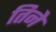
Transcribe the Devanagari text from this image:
तिनेे